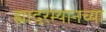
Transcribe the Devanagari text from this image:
ह्यादरम्यानच्या